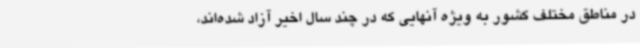
در مناطق مختلف کشور به ویژه آنهایی که در چند سال اخیر آزاد شده‌اند،